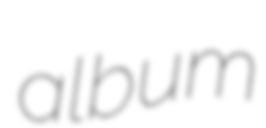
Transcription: album